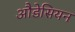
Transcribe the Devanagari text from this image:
औडेसियन